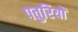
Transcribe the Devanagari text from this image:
पतुरियों